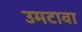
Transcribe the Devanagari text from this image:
उमटावा